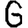
Digit: 6